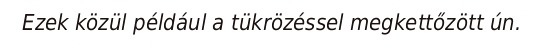
Ezek közül például a tükrözéssel megkettőzött ún.